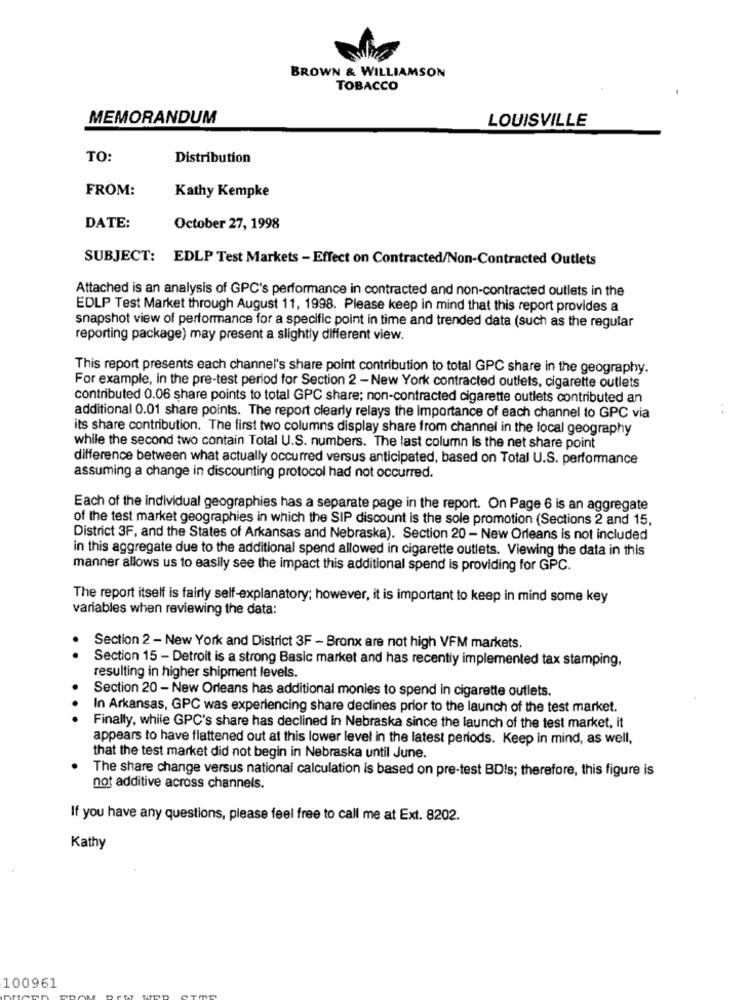
BROWN & WILLIAMSON
TOBACCO
MEMORANDUM
LOUISVILLE
TO:
Distribution
FROM:
Kathy Kempke
DATE:
October 27, 1998
SUBJECT: EDLP Test Markets - Effect on Contracted/Non-Contracted Outlets
Attached is an analysis of GPC's performance in contracted and non-contracted outlets in the
EDLP Test Market through August 11, 1998. Please keep in mind that this report provides a
snapshot view of performance for a specific point in time and trended data (such as the regular
reporting package) may present a slightly different view.
This report presents each channel's share point contribution to total GPC share in the geography.
For example, in the pre-test period for Section 2 -New York contracted outlets, cigarette outlets
contributed 0.06 share points to total GPC share; non-contracted cigarette outlets contributed an
additional 0.01 share points. The report clearly relays the Importance of each channel to GPC via
its share contribution. The first two columns display share from channel in the local geography
while the second two contain Total U.S. numbers. The last column Is the net share point
difference between what actually occurred versus anticipated, based on Total U.S. performance
assuming a change in discounting protocol had not occurred.
Each of the individual geographies has a separate page in the report. On Page 6 is an aggregate
of the test market geographies in which the SIP discount is the sole promotion (Sections 2 and 15,
District 3F, and the States of Arkansas and Nebraska). Section 20 - New Orleans is not included
in this aggregate due to the additional spend allowed in cigarette outlets. Viewing the data in this
manner allows us to easily see the impact this additional spend is providing for GPC.
The report itself is fairly self-explanatory; however, it is important to keep in mind some key
variables when reviewing the data:
..
Section 2 - New York and District 3F - Bronx are not high VFM markets.
Section 15 - Detroit is a strong Basic market and has recently implemented tax stamping,
resulting in higher shipment levels.
.
Section 20 - New Orleans has additional monies to spend in cigarette outlets.
In Arkansas, GPC was experiencing share declines prior to the launch of the test market.
Finally, while GPC's share has declined in Nebraska since the launch of the test market, it
appears to have flattened out at this lower level in the latest periods. Keep in mind, as well,
that the test market did not begin in Nebraska until June.
The share change versus national calculation is based on pre-test BDIs; therefore, this figure is
not additive across channels.
If you have any questions, please feel free to call me at Ext. 8202.
Kathy
100961